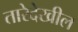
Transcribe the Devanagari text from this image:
तारेदेखील